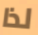
لذا